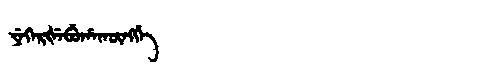
Manchu: ᠶᡝᡴᡝᡵᡧᡝᠪᡠᡥᠠᡴᡡᠩᡤᡝ
Romanization: YEKERŠEBUHAKŪNGGE